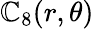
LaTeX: \mathbb{C}_{8}(r,\theta)